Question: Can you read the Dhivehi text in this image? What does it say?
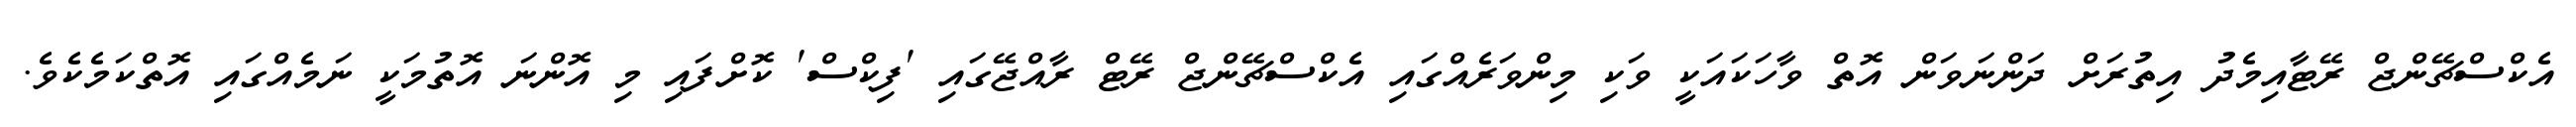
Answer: އެކްސްޗޭންޖް ރޭޓާއިމެދު އިތުރަށް ދަންނަވަން އޮތް ވާހަކައަކީ ވަކި މިންވަރެއްގައި އެކްސްޗޭންޖް ރޭޓް ރާއްޖޭގައި 'ފިކްސް' ކޮށްފައި މި އޮންނަ އޮތުމަކީ ނަމެއްގައި އޮތްކަމެކެވެ.